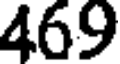
469